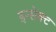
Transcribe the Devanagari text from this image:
इन्सेक्ट